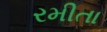
રમીતા